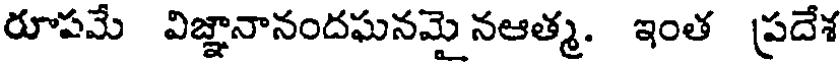
రూపమే విజ్ఞానానందఘనమై నఆత్మ. ఇంత ప్రదేశ